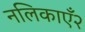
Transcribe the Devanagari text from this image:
नलिकाएँ२